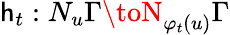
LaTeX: \mathsf{h}_{t}:N_{u}\Gamma\toN_{\varphi_{t}(u)}\Gamma